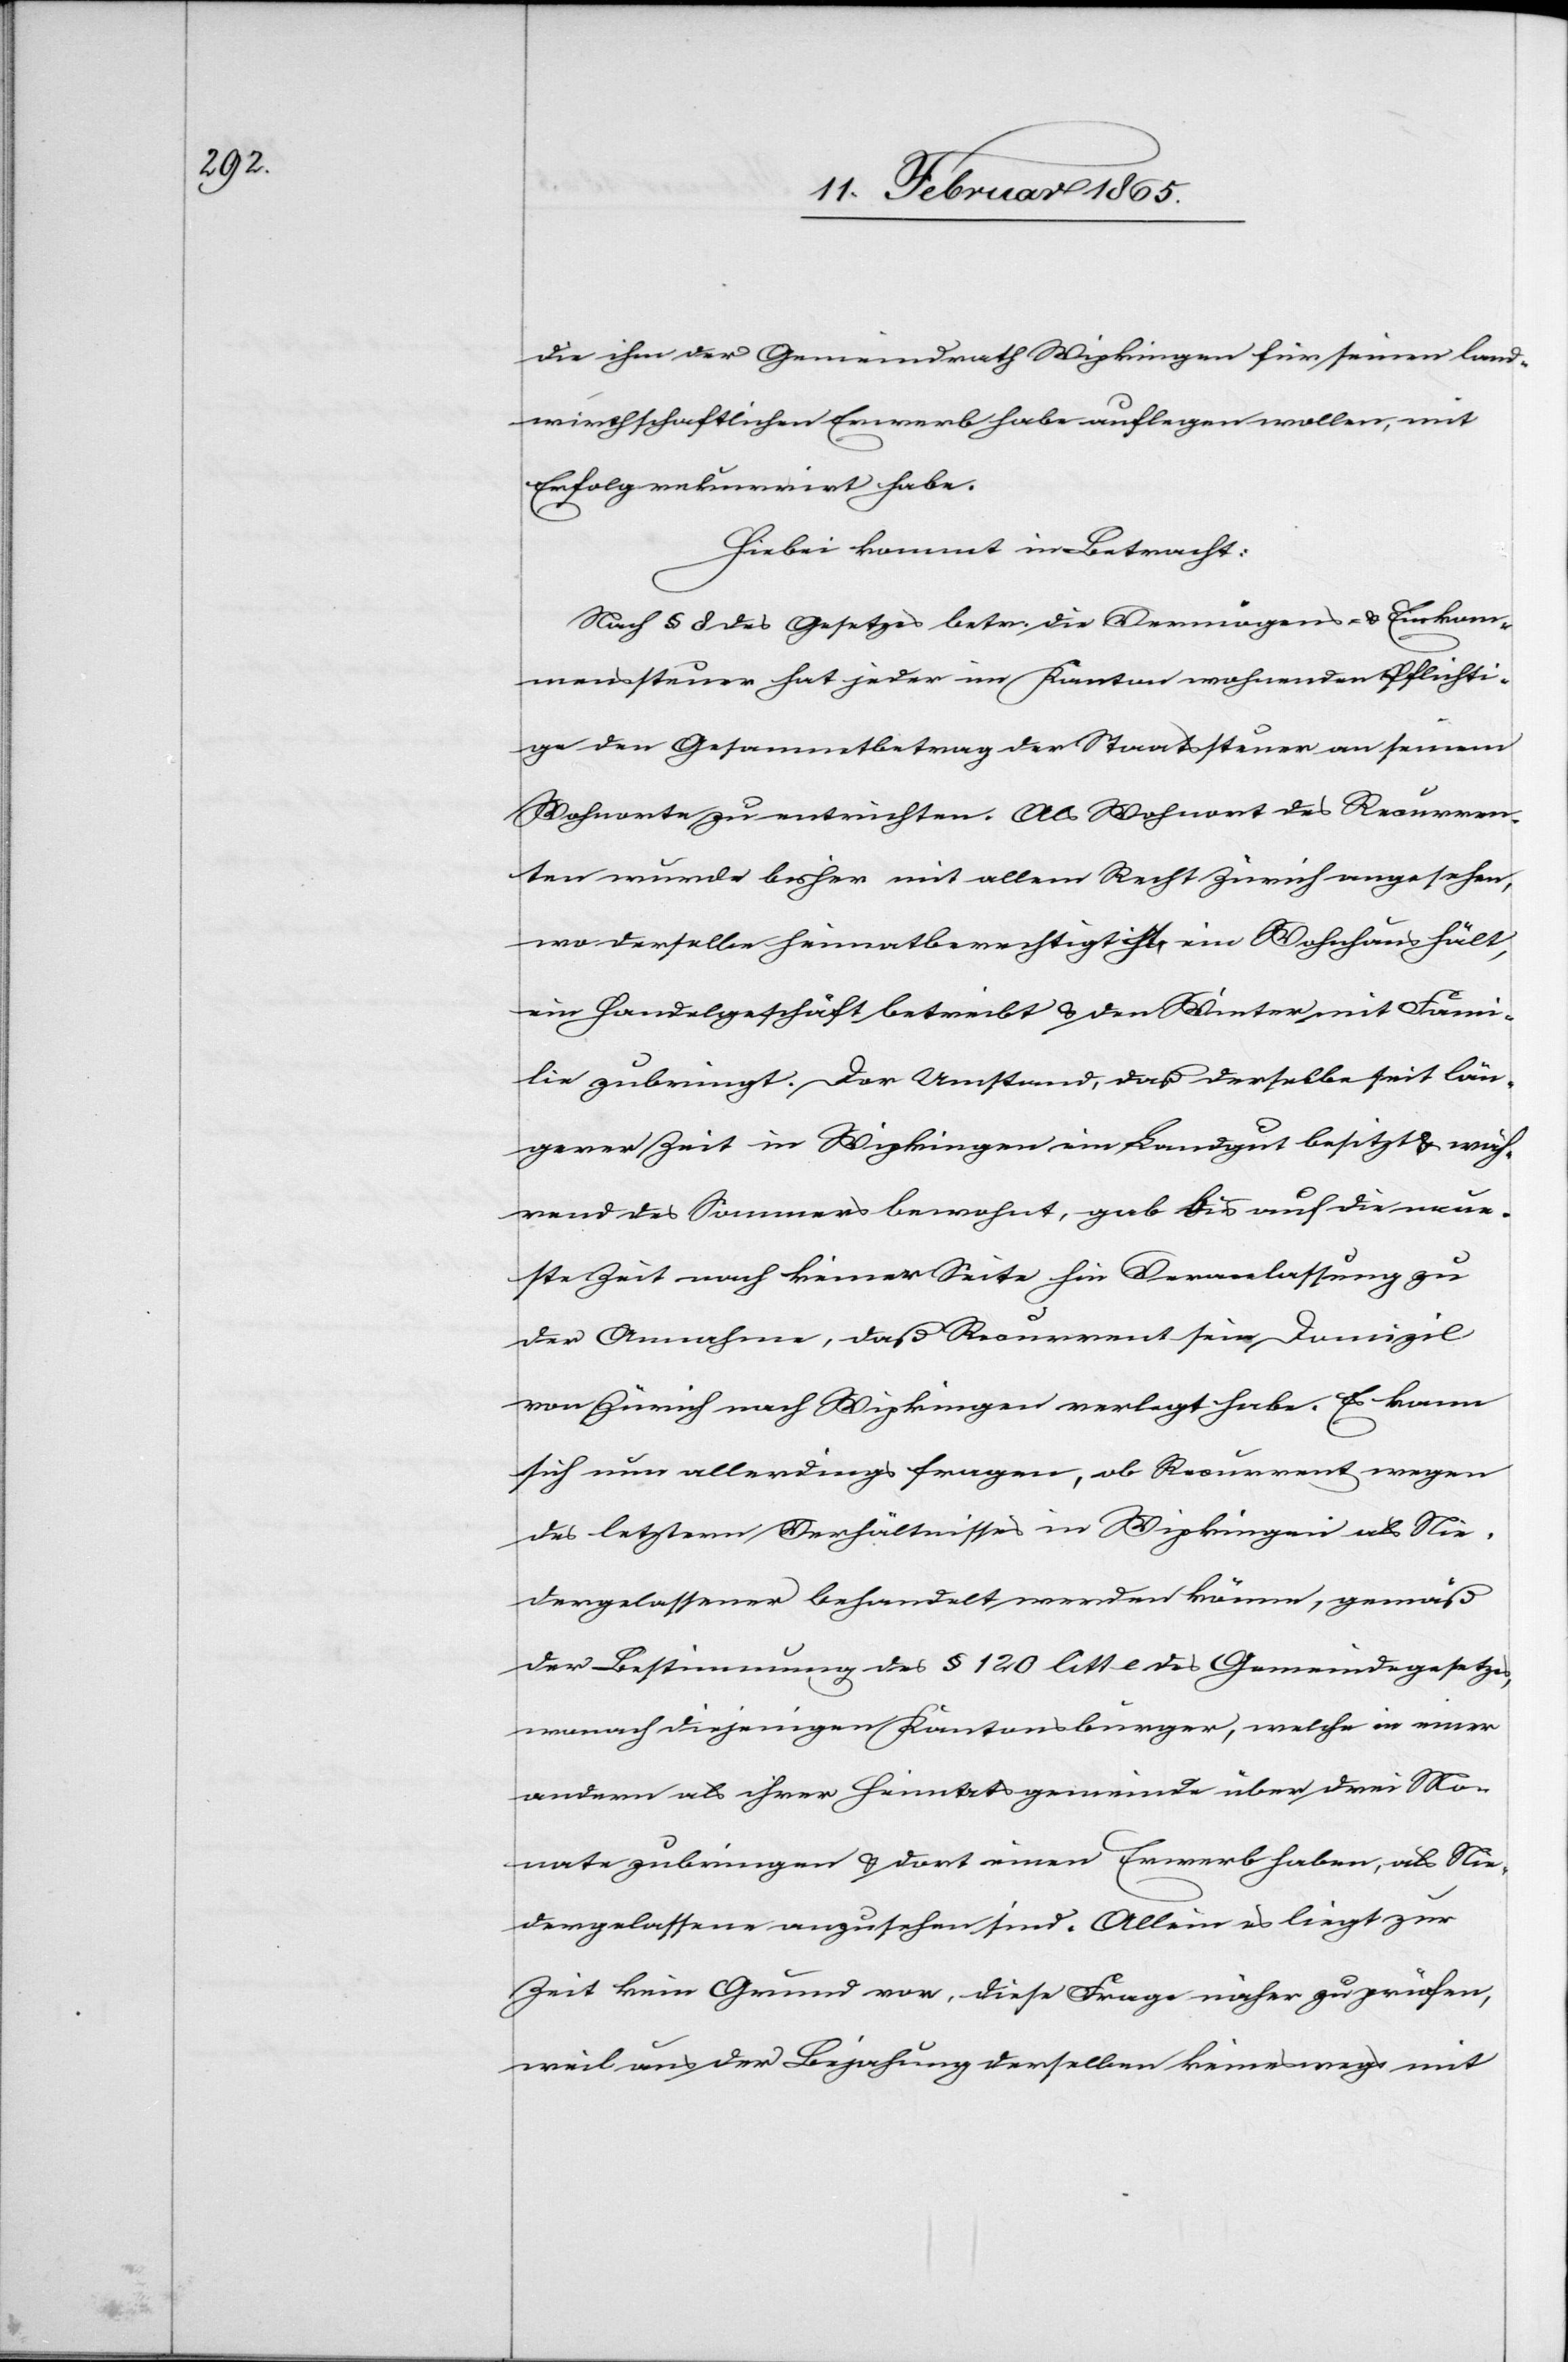
die ihm der Gemeindrath Wipkingen für seinen land¬
wirthschaftlichen Erwerb habe auflegen wollen, mit
Erfolg rekurrirt habe.
Hiebei kommt in Betracht:
Nach § 8 des Gesetzes betr. die Vermögens- u. Einkom¬
menssteuer hat jeder im Kanton wohnenden [sic!] Pflichti¬
ge den Gesammtbetrag der Staatssteuer an seinem
Wohnorte zu entrichten. Als Wohnort des Recurren¬
ten wurde bisher mit allem Recht Zürich angesehen,
wo derselbe heimatberechtigt ist, ein Wohnhaus hält,
ein Handelgeschäft betreibt u. den Winter mit Fami¬
lie zubringt. Der Umstand, daß derselbe seit län¬
gerer Zeit in Wipkingen ein Landgut besitzt u. wäh¬
rend des Sommers bewohnt, gab bis auf die neue¬
ste Zeit nach keiner Seite hin Veranlassung zu
der Annahme, daß Recurrent sein Domizil
von Zürich nach Wipkingen verlegt habe. Es kann
sich nun allerdings fragen, ob Recurrent wegen
des letztern Verhältnisses in Wipkingen als Nie¬
dergelassener behandelt werden könne, gemäß
der Bestimmung des § 120 litt e des Gemeindegesetzes,
wonach diejenigen Kantonsbürger, welche in einer
andern als ihrer Heimatsgemeinde über drei Mo¬
nate zubringen u. dort einen Erwerb haben, als Nie¬
dergelassene anzusehen sind. Allein es liegt zur
Zeit kein Grund vor, diese Frage näher zu prüfen,
weil aus der Bejahung derselben keineswegs mit